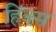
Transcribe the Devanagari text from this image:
हिंक्स